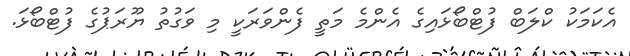
އެކަމަކު ކްލަބް ފުޓްބޯޅައިގެ އެންމެ މަތީ ފެންވަރަކީ މި ވަގުތު ޔޫރަޕުގެ ފުޓްބޯޅަ.